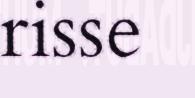
risse